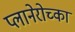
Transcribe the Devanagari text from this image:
प्लानेरोच्का